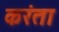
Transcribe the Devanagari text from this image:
करंता